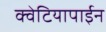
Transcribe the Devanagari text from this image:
क्वेटियापाईन